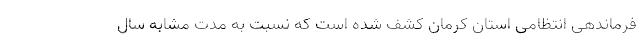
فرماندهی انتظامی استان کرمان کشف شده است که نسبت به مدت مشابه سال